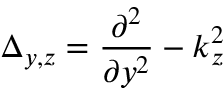
\Delta _ { y , z } = \frac { \partial ^ { 2 } } { \partial y ^ { 2 } } - k _ { z } ^ { 2 }